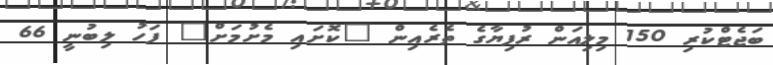
ބަޖެޓްކުރި 150 މިލިއަން ރުފިޔާގެ ތެރެއިން "ކޮށައި މެށުމަށް" ފަހު ލިބުނީ 66